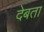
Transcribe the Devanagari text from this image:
देबता